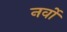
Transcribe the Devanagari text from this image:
नर्वो